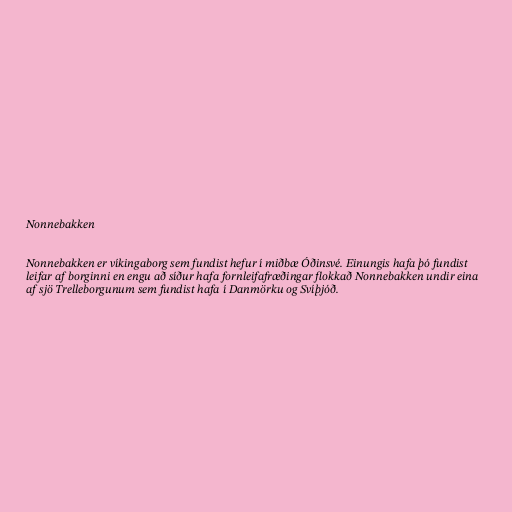
Nonnebakken

Nonnebakken er víkingaborg sem fundist hefur í miðbæ Óðinsvé. Einungis hafa þó fundist
leifar af borginni en engu að síður hafa fornleifafræðingar flokkað Nonnebakken undir eina
af sjö Trelleborgunum sem fundist hafa í Danmörku og Svíþjóð.